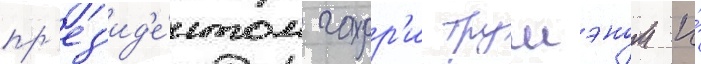
пр'ез'ид'е́нтом гарр'и трумэном и́